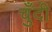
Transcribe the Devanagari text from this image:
चुँदी